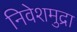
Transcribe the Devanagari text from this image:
निवेशमुद्रा